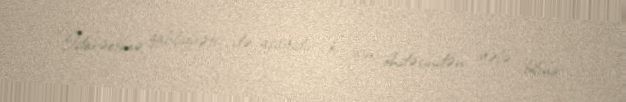
“İdarəetmə qabiliyyəti də aşağıdır ki, işin öhdəsindən gələ bilmir.